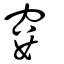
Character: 窶